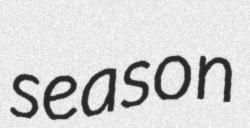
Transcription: season